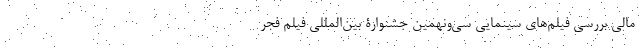
مالی بررسی فیلم‌های سینمایی سی‌ونهمین جشنوارۀ بین‌المللی فیلم فجر